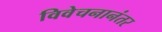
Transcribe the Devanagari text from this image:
विवेचनानंतर